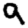
Digit: 9